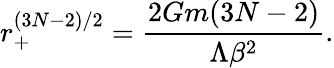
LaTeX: r_{+}^{(3N-2)/2}=\frac{2Gm(3N-2)}{\Lambda\beta^{2}}.